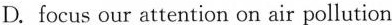
D.focus our attention on air pollution